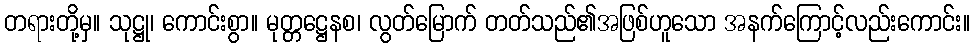
တရားတို့မှ။ သုဋ္ဌု၊ ကောင်းစွာ။ မုတ္တဋ္ဌေနစ၊ လွတ်မြောက် တတ်သည်၏အဖြစ်ဟူသော အနက်ကြောင့်လည်းကောင်း။